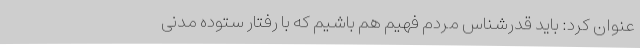
عنوان کرد: باید قدرشناس مردم فهیم هم باشیم که با رفتار ستوده مدنی